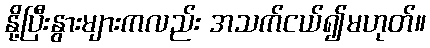
နို့ပြီးနွားများကလည်း အသက်ငယ်၍မဟုတ်။